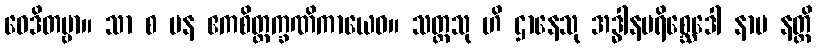
ဝေဒိတဗ္ဗာ။ သာ စ ပန ဧကစိတ္တက္ခဏိကာယေဝ။ သတ္တသု ဟိ ဌာနေသု အဒ္ဓါနပရိစ္ဆေဒေါ နာမ နတ္ထိ